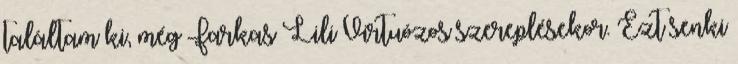
találtam ki, még Farkas Lili Virtuózos szereplésekor. Ezt senki